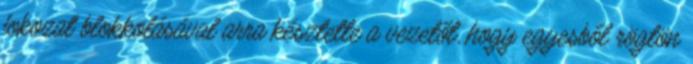
fokozat blokkolásával arra késztette a vezetőt, hogy egyesből rögtön